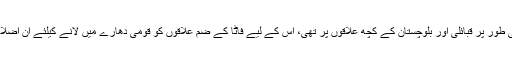
انہوں نے بتایا کہ تیسرا شعبہ جہاں ہم نے توجہ مرکوز کی وہ غربت اور مسائل کا شکار علاقے خصوصی طور پر قبائلی اور بلوچستان کے کچھ علاقوں پر تھی، اس کے لیے فاٹا کے ضم علاقوں کو قومی دھارے میں لانے کیلئے ان اضلاع کے لیے 152 ارب روپے رکھے گئے ہیں تاکہ وہ پاکستانی معاشرے میں مکمل طور پر ضم ہوجائیں۔